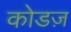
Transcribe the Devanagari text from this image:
कोडज़